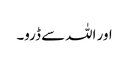
اور اللہ سے ڈرو۔